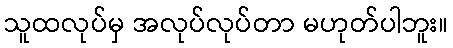
သူထလုပ်မှ အလုပ်လုပ်တာ မဟုတ်ပါဘူး။